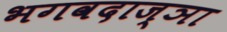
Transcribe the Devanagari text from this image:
भगवदाज्ञा